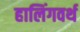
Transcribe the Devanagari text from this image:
हालिंगवर्थ